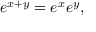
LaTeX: e ^ { x + y } = e ^ { x } e ^ { y } ,